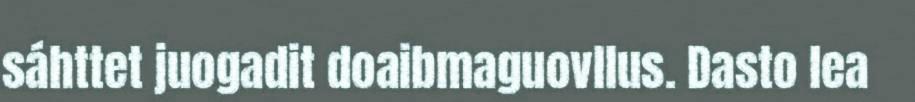
sáhttet juogadit doaibmaguovllus. Dasto lea